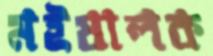
মইষালক